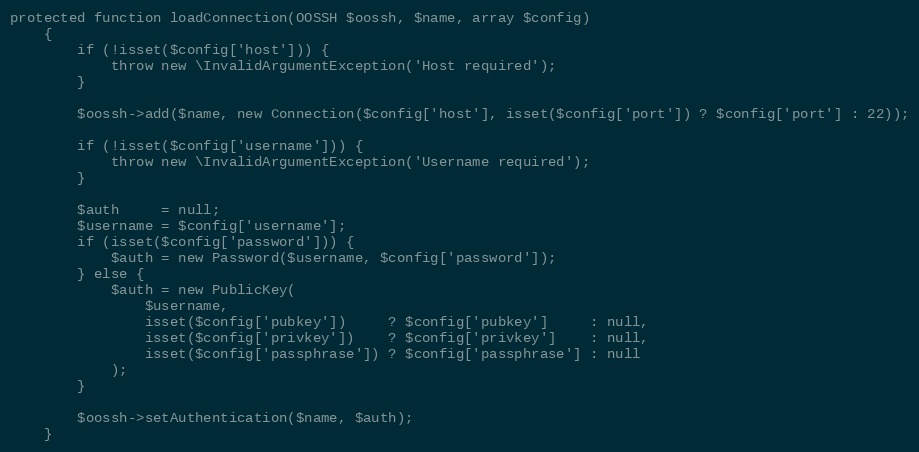
Language: PHP
protected function loadConnection(OOSSH $oossh, $name, array $config)
    {
        if (!isset($config['host'])) {
            throw new \InvalidArgumentException('Host required');
        }

        $oossh->add($name, new Connection($config['host'], isset($config['port']) ? $config['port'] : 22));

        if (!isset($config['username'])) {
            throw new \InvalidArgumentException('Username required');
        }

        $auth     = null;
        $username = $config['username'];
        if (isset($config['password'])) {
            $auth = new Password($username, $config['password']);
        } else {
            $auth = new PublicKey(
                $username,
                isset($config['pubkey'])     ? $config['pubkey']     : null,
                isset($config['privkey'])    ? $config['privkey']    : null,
                isset($config['passphrase']) ? $config['passphrase'] : null
            );
        }

        $oossh->setAuthentication($name, $auth);
    }